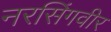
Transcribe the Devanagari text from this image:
नरसिंगवीर